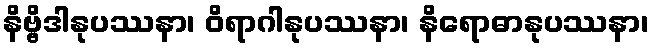
နိဗ္ဗိဒါနုပဿနာ၊ ဝိရာဂါနုပဿနာ၊ နိရောဓာနုပဿနာ၊